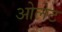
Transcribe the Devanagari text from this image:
ओलेट